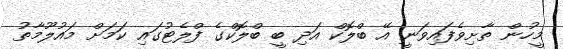
މީހުން ތާށިވެފައިވަނީ އޭ ބްލޮކް އަދި ބީ ބްލޮކްގެ ފްލެޓުގައި ކަމަށް މައުލޫމާތު